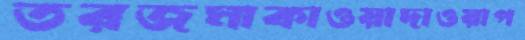
তরজমাকাওয়াদাওয়াপ